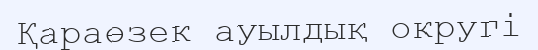
Қараөзек ауылдық округі